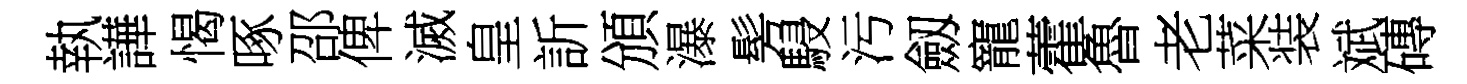
執譁愒啄邵俾滅皇訢頒瀑髣駸污劔寵藿魯老菜装斌磚